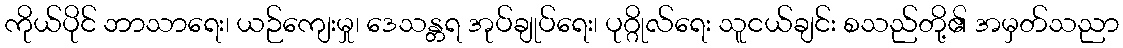
ကိုယ်ပိုင် ဘာသာရေး၊ ယဉ်ကျေးမှု၊ ဒေသန္တရ အုပ်ချုပ်ရေး၊ ပုဂ္ဂိုလ်ရေး သူငယ်ချင်း စသည်တို့၏ အမှတ်သညာ